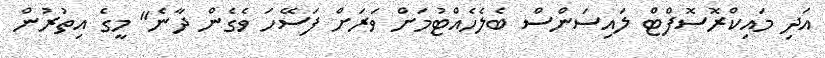
އަދި މައިކްރޮސޮފްޓް ލައިސަންސް ބެލެހެއްޓުމަށް ވަރަށް ފަސޭހަ ވެގެން ދާނެ" މީގެ އިތުރުން